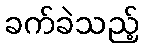
ခက်ခဲသည့်